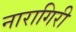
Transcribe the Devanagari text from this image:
नारागिरी